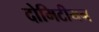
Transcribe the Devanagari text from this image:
दोमिटीयन